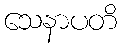
သေနာပတိ